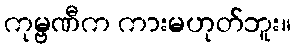
ကုမ္ဗဏီက ကားမဟုတ်ဘူး။